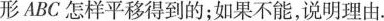
形A'B'C'是由三角形ABC怎样平移得到的；如果不能，说明理由。